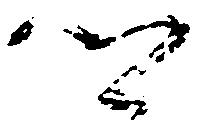
郷